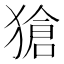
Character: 獊